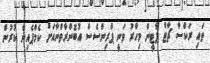
ތައި ރަކްސާ ޗާޓް ޕާޓީން މިހާރު ވަނީ ޕްރިންސެސް އުބޮންރާތްނާއަށް ކެމްޕެއިން ކުރުން